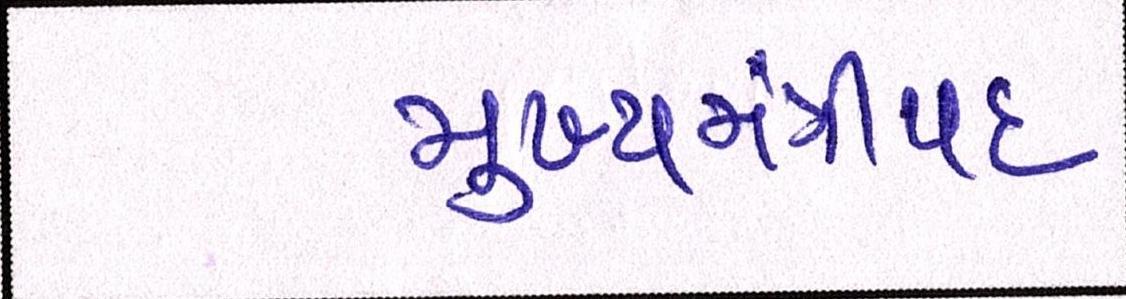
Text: મુખ્યમંત્રીપદ